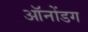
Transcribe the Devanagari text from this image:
ऑनोंडग